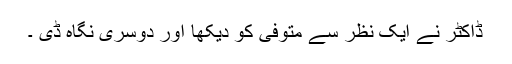
ڈاکٹر نے ایک نظر سے متوفی کو دیکھا اور دوسری نگاہ ڈی ۔